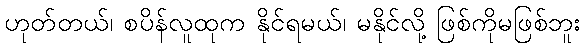
ဟုတ်တယ်၊ စပိန်လူထုက နိုင်ရမယ်၊ မနိုင်လို့ ဖြစ်ကိုမဖြစ်ဘူး